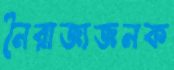
নৈরাজ্যজনক